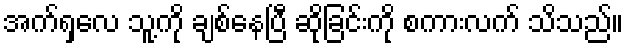
အက်ရှလေ သူ့ကို ချစ်နေပြီ ဆိုခြင်းကို စကားလက် သိသည်။